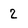
Character: 2